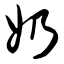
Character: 奶